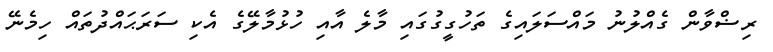
ރިޟްވާން ގެއްލުުނު މައްސަލައިގެ ތަހުގީގުގައި މާލެ އާއި ހުޅުމާލޭގެ އެކި ސަރަޙައްދުތައް ހިމެނޭ